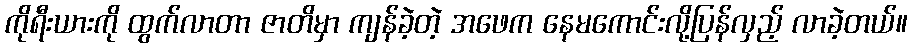
ကိုရီးယားကို ထွက်လာတာ ဇာတိမှာ ကျန်ခဲ့တဲ့ အဖေက နေမကောင်းလို့ပြန်လှည့် လာခဲ့တယ်။